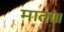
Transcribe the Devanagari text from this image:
माता॥